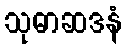
သုဓာဆဒနံ